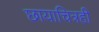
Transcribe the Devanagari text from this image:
छायाचित्रही